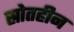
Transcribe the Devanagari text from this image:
स्रोतहीन